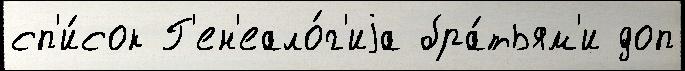
сп'и́сок Г'ен'еало́г'иjа бра́тьям'и доп